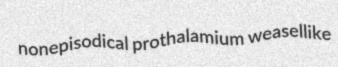
nonepisodical prothalamium weasellike